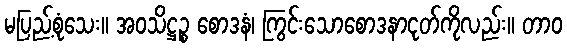
မပြည့်စုံသေး။ အဝသိဋ္ဌဉ္စ စောဒနံ၊ ကြွင်းသောစောဒနာငုတ်ကိုလည်း။ တာဝ